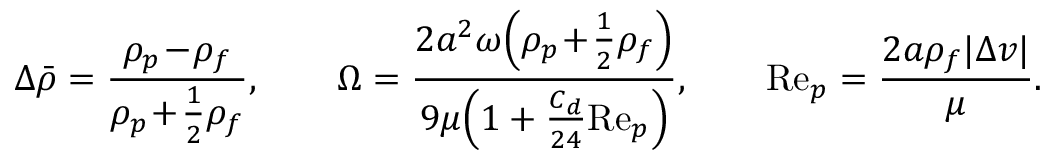
\Delta \bar { \rho } = \frac { \rho _ { p } \! - \! \rho _ { f } } { \rho _ { p } \! + \! \frac { 1 } { 2 } \rho _ { f } } , \qquad \Omega = \frac { 2 a ^ { 2 } \omega \Bigl ( \rho _ { p } \! + \! \frac { 1 } { 2 } \rho _ { f } \Bigr ) } { 9 \mu \Bigl ( 1 + \frac { C _ { d } } { 2 4 } \mathrm { R e } _ { p } \Bigr ) } , \qquad \mathrm { R e } _ { p } = \frac { 2 a \rho _ { f } | \Delta v | } { \mu } .